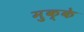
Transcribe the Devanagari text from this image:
मुक्‍के